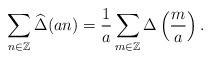
LaTeX: \begin{align*}\sum_{n\in\mathbb{Z}}\widehat{\Delta}(an)=\frac{1}{a}\sum_{m\in\mathbb{Z}}\Delta\left(\frac{m}{a}\right).\end{align*}